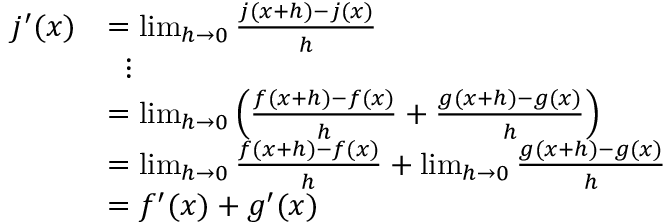
{ \begin{array} { r l } { j ^ { \prime } ( x ) } & { = \operatorname* { l i m } _ { h \rightarrow 0 } { \frac { j ( x + h ) - j ( x ) } { h } } } \\ & { \; \; \vdots } \\ & { = \operatorname* { l i m } _ { h \rightarrow 0 } \left( { \frac { f ( x + h ) - f ( x ) } { h } } + { \frac { g ( x + h ) - g ( x ) } { h } } \right) } \\ & { = \operatorname* { l i m } _ { h \rightarrow 0 } { \frac { f ( x + h ) - f ( x ) } { h } } + \operatorname* { l i m } _ { h \rightarrow 0 } { \frac { g ( x + h ) - g ( x ) } { h } } } \\ & { = f ^ { \prime } ( x ) + g ^ { \prime } ( x ) } \end{array} }